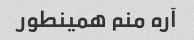
آره منم همینطور